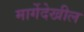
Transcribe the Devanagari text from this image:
मार्गेदेखील